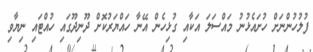
ފުލުހުންނަށް ހުށައެޅުނު މައްސަލަ އަކާއި ގުޅިހެން އޭނާ ހައްޔަރުކޮށް ދޫނިދޫގައި ހުއްޓައި ނިޔާވި